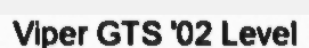
Viper GTS '02 Level